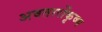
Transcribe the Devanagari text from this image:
अवतारोंकृष्ण